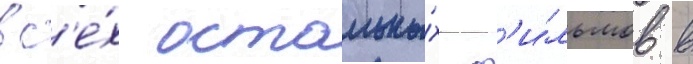
вс'е́х остальны́х ф'и́льмов в